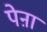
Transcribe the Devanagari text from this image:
पेऩा